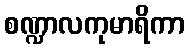
စဏ္ဍာလကုမာရိကာ